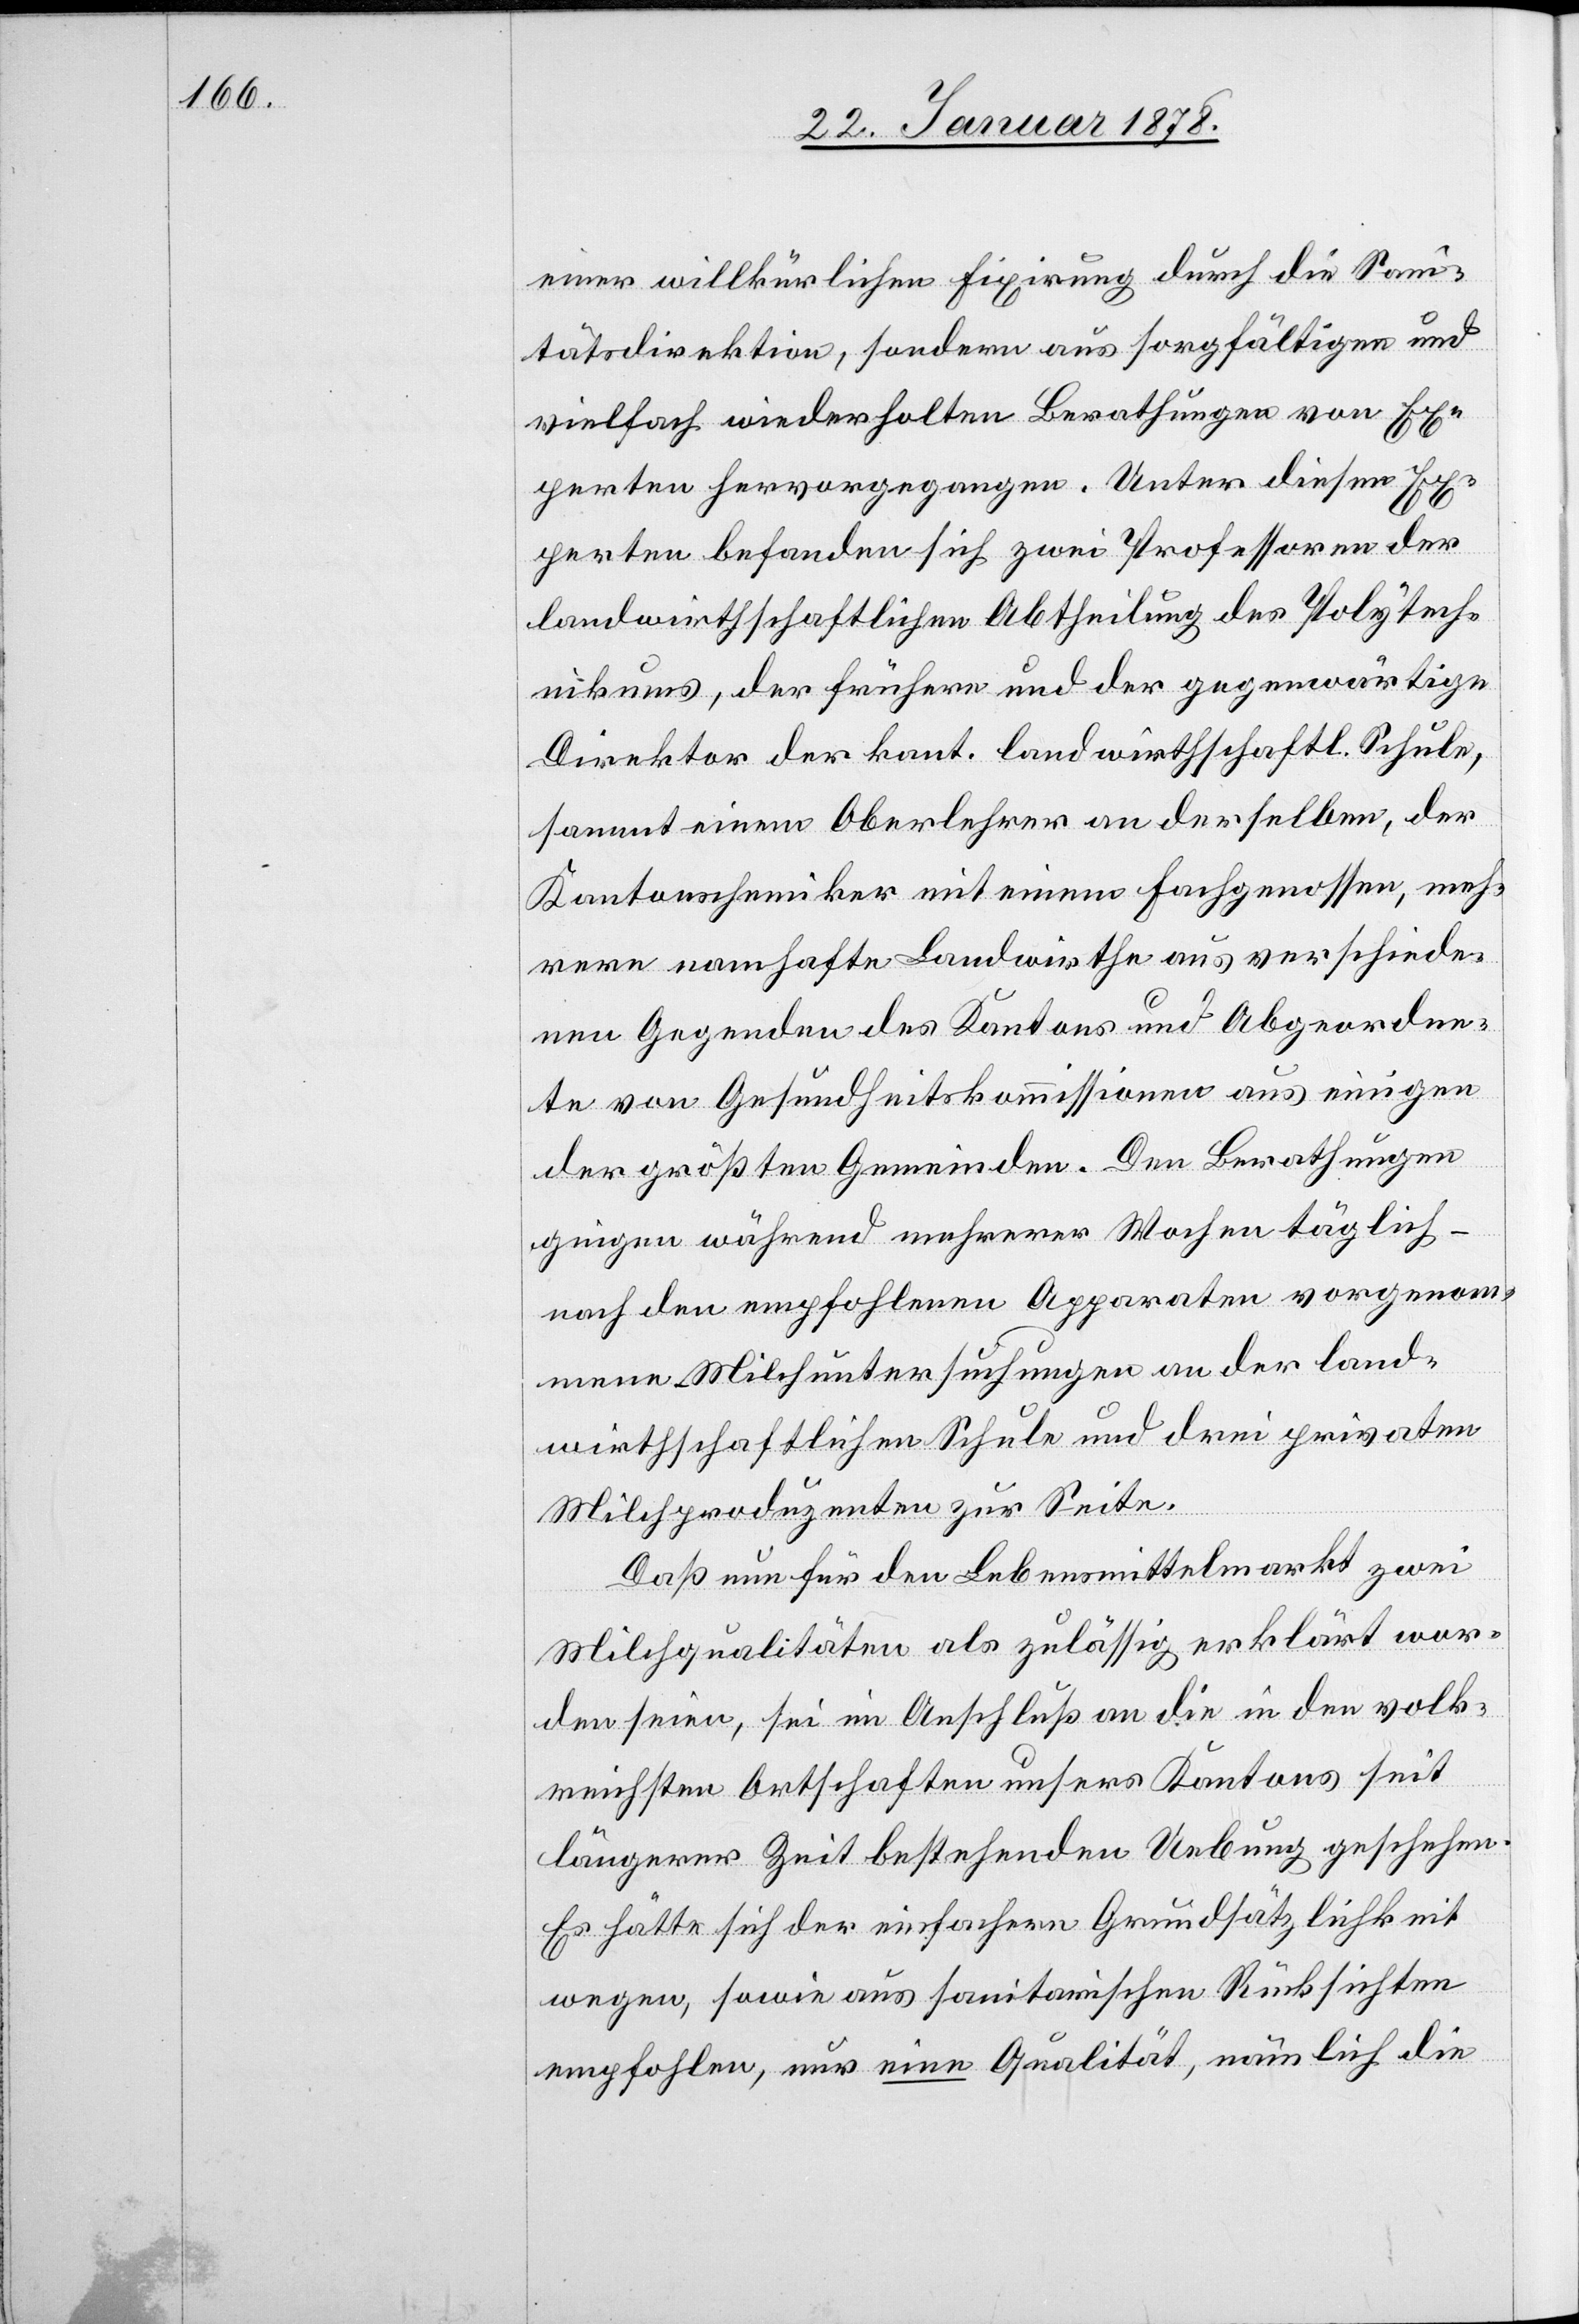
einer willkürlichen Fixirung durch die San¬
itätsdirektion, sondern aus sorgfältigen und
vielfach wiederholten Berathungen von Ex¬
perten hervorgegangen. Unter diesen Ex¬
perten befanden sich zwei Professoren der
landwirthschaftlichen Abtheilung des Polytech¬
nikums, der frühere und der gegenwärtige
Direkor der kant. landwirthschaftl. Schule,
sammt einem Oberlehrer an derselben, der
Kantonschemiker mit einem Fachgenossen, meh¬
rere namhafte Landwirthe aus verschiede¬
nen Gegenden des Kantons und Abgeordne¬
te von Gesundheitskommissionen aus einigen
der größten Gemeinden. Den Berathungen
gingen während mehreren Wochen täglich –
nach den empfohlenen Apparaten vorgenom¬
menen Milchuntersuchungen an der land¬
wirthschaftlichen Schule und drei privaten
Milchproduzenten zur Seite.
Daß nun für den Lebensmittelmarkt zwei
Milchqualitäten als zulässig erklärt wor¬
den seien, sei im Anschluß an die in den volk¬
sreichsten Ortschaften unseres Kantons seit
längerer Zeit bestehenden Uebung geschehen.
Es hätte sich der einfachern Grundsätzlichkeit
wegen, sowie aus sanitarischen Rücksichten
empfohlen, nur eine Qualität, nämlich die